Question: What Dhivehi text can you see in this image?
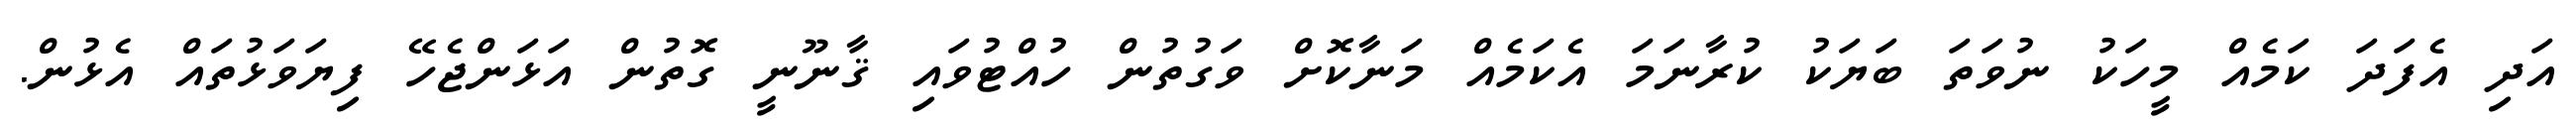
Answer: އަދި އެފަދަ ކަމެއް މީހަކު ނުވަތަ ބަޔަކު ކުރާނަމަ އެކަމެއް މަނާކޮށް ވަގުތުން ހުއްޓުވައި ޤާނޫނީ ގޮތުން އަޅަންޖެހޭ ފިޔަވަޅުތައް އެޅުން.